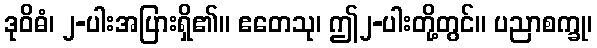
ဒုဝိဓံ၊ ၂-ပါးအပြားရှိ၏။ ဧတေသု၊ ဤ၂-ပါးတို့တွင်။ ပညာစက္ခု၊